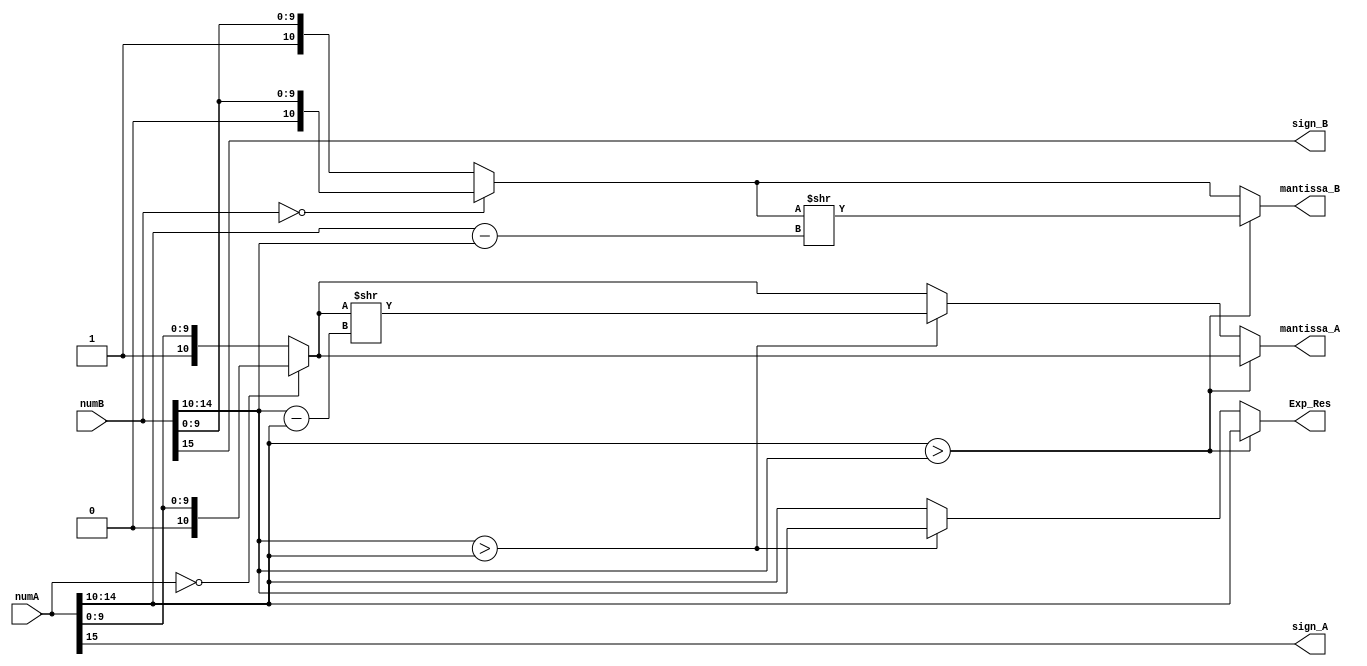
module Extraction_add(input [15:0]numA, input [15:0]numB,
		      output reg sign_A,sign_B,output reg [4:0]Exp_Res,
		      output reg [10:0]mantissa_A,output reg [10:0]mantissa_B);

reg [10:0]mA;reg [10:0]mB;reg [4:0]ExpA; reg [4:0]ExpB;
always@(numA,numB) begin
	sign_A = numA[15];// Extarcting sign bits 
	sign_B = numB[15];
	ExpA   = numA[14:10];
	ExpB   = numB[14:10];
	if({sign_A,ExpA,numA[9:0]} == 16'b0) 
		mA = {1'b0, numA[9:0]};//Adding hidden bits
	else    mA = {1'b1, numA[9:0]};//Adding hidden bits
	if({sign_B,ExpB,numB[9:0]} == 16'b0) 
		mB = {1'b0, numB[9:0]};
	else 	mB = {1'b1, numB[9:0]};
	
	if(ExpA > ExpB)begin //Aligning the mantissa
		Exp_Res = ExpA;
		mantissa_A = mA;
		mantissa_B = mB >> (ExpA - ExpB);end
	else if(ExpB > ExpA)begin
		Exp_Res = ExpB;
		mantissa_A = mA >> (ExpB - ExpA);
		mantissa_B = mB; end
	else begin
		Exp_Res = ExpA;
		mantissa_A = mA;
		mantissa_B = mB; end
end endmodule